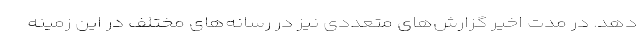
دهد. در مدت اخیر گزارش‌های متعددی نیز در رسانه‌های مختلف در این زمینه